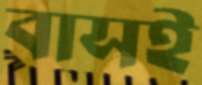
বাসই